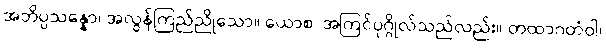
အဘိပ္ပသန္နော၊ အလွန်ကြည်ညိုသော။ ယောစ၊ အကြင်ပုဂ္ဂိုလ်သည်လည်း။ တထာဂတံဝါ၊